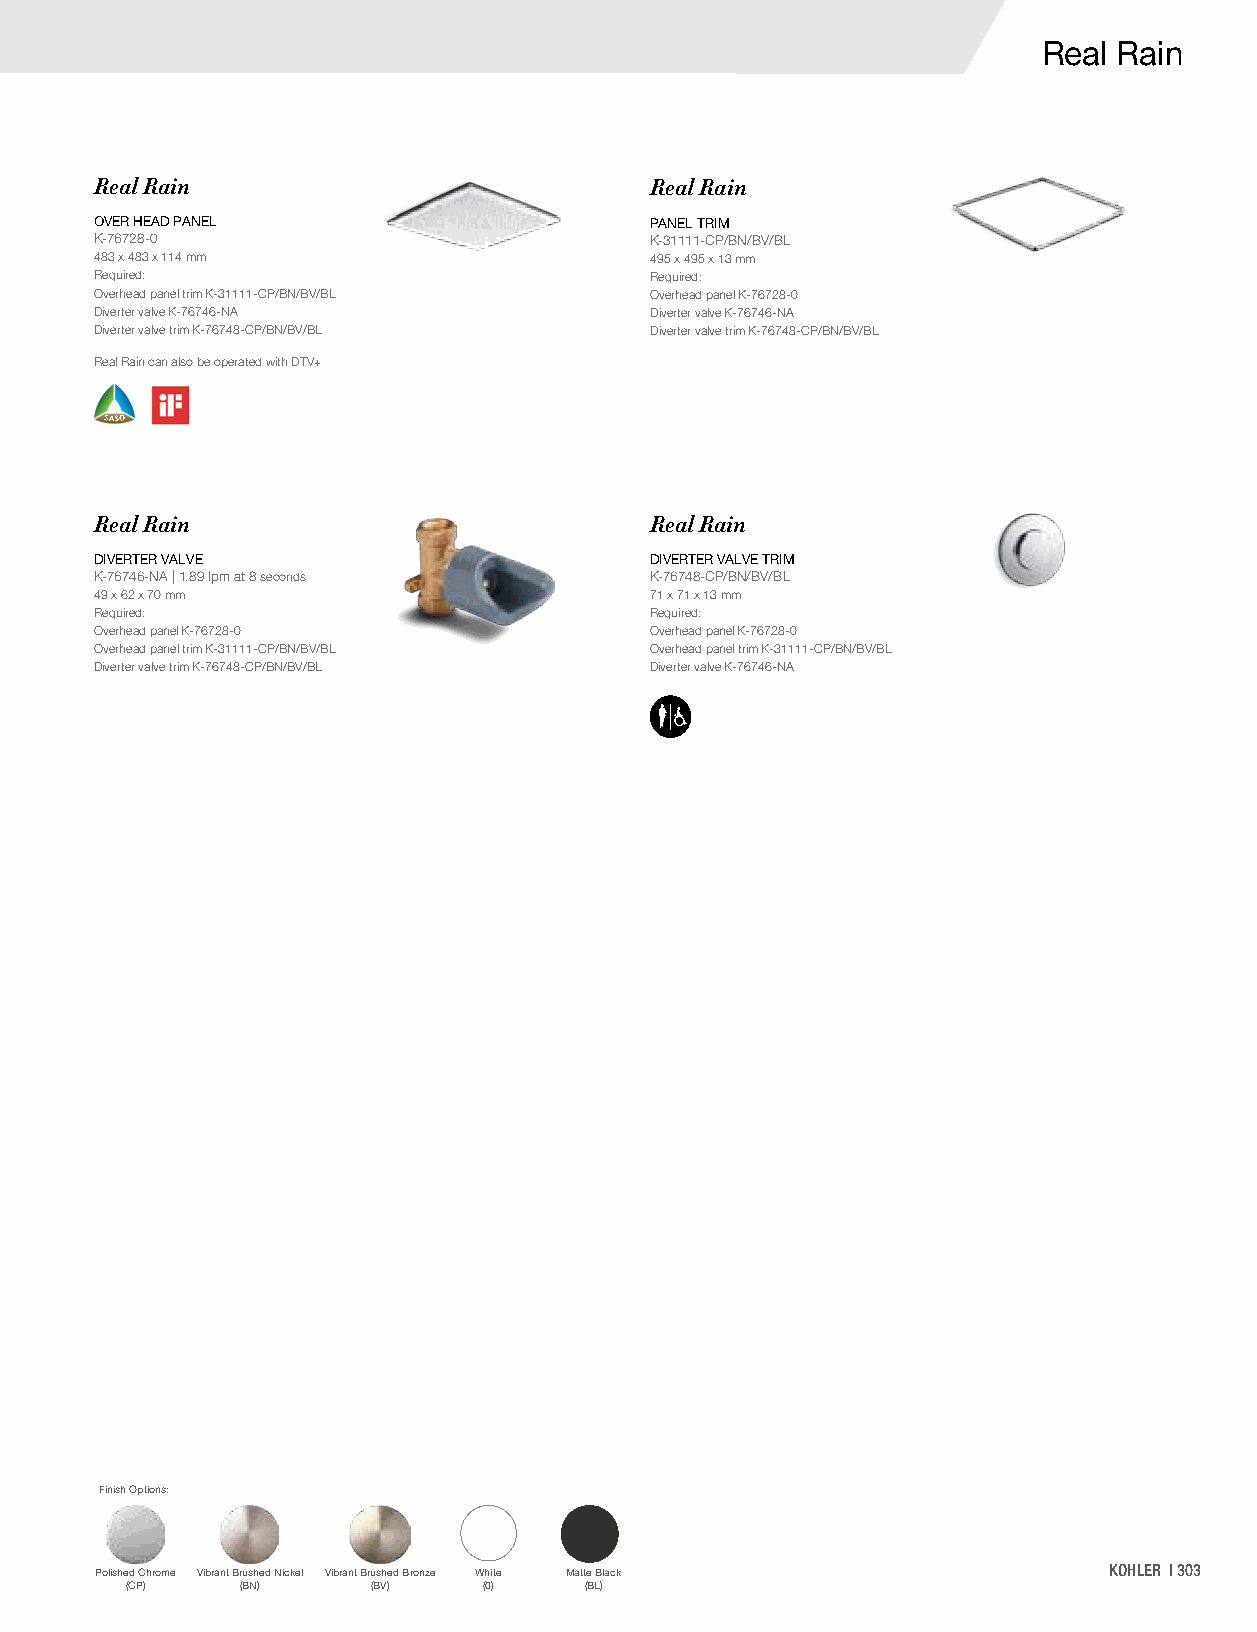
Real Rain
 Real Rain                            Real Rain
 OVER HEAD PANEL                      PANEL TRIM
 K-76728-0                            K-31111-CP/BN/BV/BL
 483 x 483 x 114 mm                   495 x 495 x 13 mm
 Required:                            Required:
 Overhead panel trim K-31111-CP/BN/BV/BL Overhead panel K-76728-0
 Diverter valve K-76746-NA            Diverter valve K-76746-NA
 Diverter valve trim K-76748-CP/BN/BV/BL Diverter valve trim K-76748-CP/BN/BV/BL
 Real Rain can also be operated with DTV+
 Real Rain                            Real Rain
 DIVERTER VALVE                       DIVERTER VALVE TRIM
 K-76746-NA | 1.89 lpm at 8 seconds   K-76748-CP/BN/BV/BL
 49 x 62 x 70 mm                      71 x 71 x 13 mm
 Required:                            Required:
 Overhead panel K-76728-0             Overhead panel K-76728-0
 Overhead panel trim K-31111-CP/BN/BV/BL Overhead panel trim K-31111-CP/BN/BV/BL
 Diverter valve trim K-76748-CP/BN/BV/BL Diverter valve K-76746-NA
 Finish Options:
 Polished Chrome Vibrant Brushed Nickel Vibrant Brushed Bronze White Matte Black KOHLER | 303
 (CP)    (BN)     (BV)   (0)    (BL)